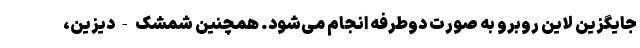
جایگزین لاین روبرو به صورت دوطرفه انجام می‌شود. همچنین شمشک - دیزین،